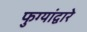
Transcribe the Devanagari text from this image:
फुग्यांद्वारे